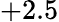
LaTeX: +2.5